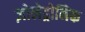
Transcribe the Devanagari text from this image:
ज़ोलेड्रोनिक